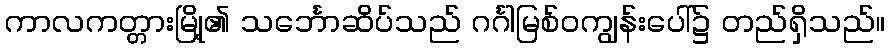
ကာလကတ္တားမြို့၏ သင်္ဘောဆိပ်သည် ဂင်္ဂါမြစ်ဝကျွန်းပေါ်၌ တည်ရှိသည်။